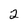
Character: 2